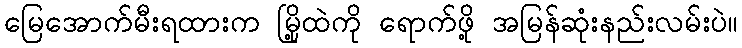
မြေအောက်မီးရထားက မြို့ထဲကို ရောက်ဖို့ အမြန်ဆုံးနည်းလမ်းပဲ။